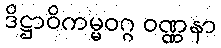
ဒိဋ္ဌာဝိကမ္မဝဂ္ဂ ဝဏ္ဏနာ